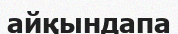
айқындапа